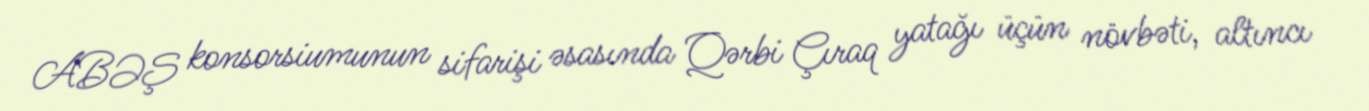
ABƏŞ konsorsiumunun sifarişi əsasında Qərbi Çıraq yatağı üçün növbəti, altıncı